Assam Mental Hospital (Tezpur, India) - 1933-1948
Year: 1933
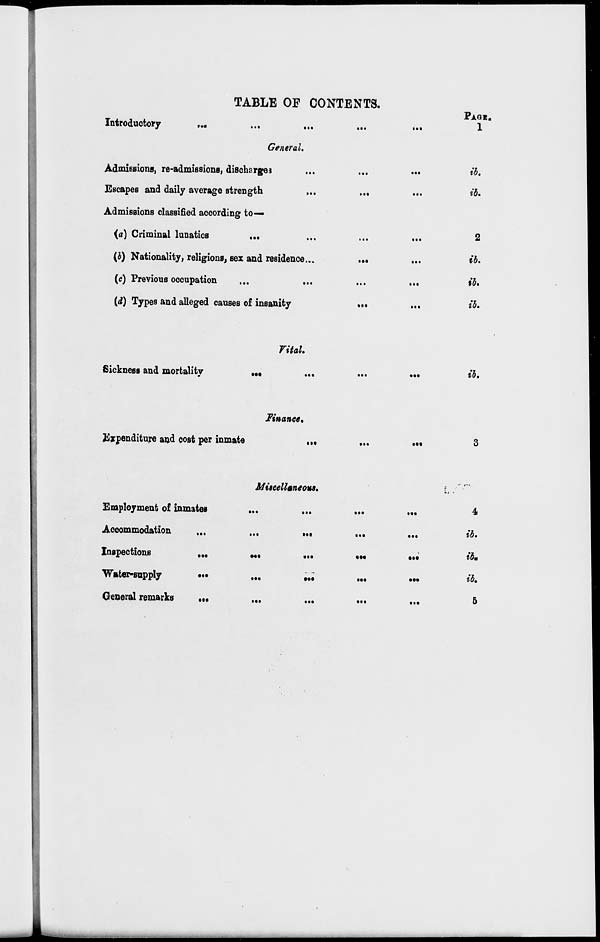
Introductory
TABLE OE CONTENTS.
General.
Admissions, re-admissions, discharges
Escapes and daily average strength
Admissions classified according to-*
{a) Criminal lunatics
...
(b) Nationality, religions, sex and residence...
(c) Previous occupation
(d) Types and alleged causes of insanity
*••
»«♦
PAnr..
1
ib,
ib.
2
ib.
ib,
ib.
Vital.
Sickness and mortality
•••
ib.
Finance.
Expenditure and cost per inmate
«»•
*••
3
Employment of inmates
Accommodation
Inspections
...
Water-supply
General remarks
•*•
Miscellaneous.
•*•
•••
.».
«.»
•*•
•••
.*•
•••
•••
•••
I /
4
ib.
ib m
ib.
5